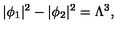
| \phi _ { 1 } | ^ { 2 } - | \phi _ { 2 } | ^ { 2 } = \Lambda ^ { 3 } , \qquad